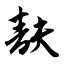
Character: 麸